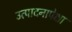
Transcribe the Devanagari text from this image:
उत्पादनापेक्षा